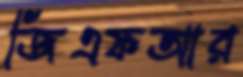
জিএফআর